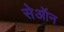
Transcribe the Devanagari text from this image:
सेऑन